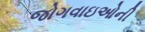
જોગવાઇઓની